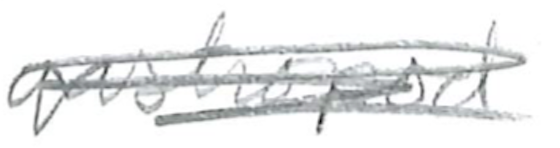
Text: gastropod
Cross-out: scratch
Writing tool: pencil